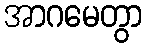
အာဂမေတွာ